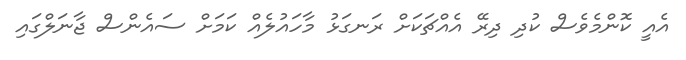
އެއީ ކޮންމެވެސް ކުދި ދިރޭ އެއްޗަކަށް ރަނގަޅު މާހައުލެއް ކަމަށް ސައެންސް ޖާނަލްގައި